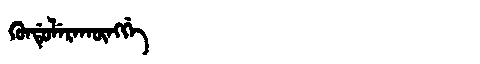
Manchu: ᡴᡠᠨᡩᡠᠯᡝᡵᠠᡴᡡᠩᡤᡝ
Romanization: KUNDULERAKŪNGGE